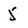
Character: 5